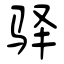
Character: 驿